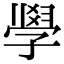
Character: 𭓘